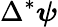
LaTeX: \Delta^{*}\boldsymbol{\psi}